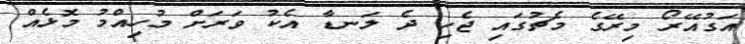
އަގުއޭރޯ މިރޭގެ މެޗުގައި ޖެހި ދެ ލަނޑާ އެކު ވަރަށް މުހިއްމު މޮޅެއް